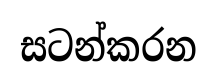
සටන්කරන